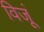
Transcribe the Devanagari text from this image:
विजूं